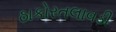
ઠાકોરતલાવડી